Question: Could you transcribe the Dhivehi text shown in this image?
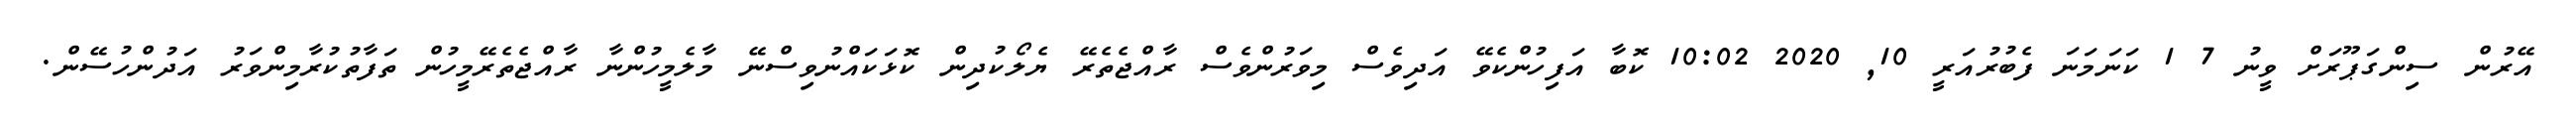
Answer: އޭރުން ސިންގަޕޫރަށް ވީނު 7 1 ކަނަމަނަ ފެބުރުއަރީ 10, 2020 10:02 ކޮބާ އަފިހުންކެވޭ އަދިވެސް މިވަރުންވެސް ރާއްޖެތެރޭ ޔެލޯކުދިން ކޮޅަކައްނުވިސްނޭ މާލެމީހުންނާ ރާއްޖެތެރޭމީހުން ތަފާތުކުރާމިންވަރު އަދުންހުސޭން.